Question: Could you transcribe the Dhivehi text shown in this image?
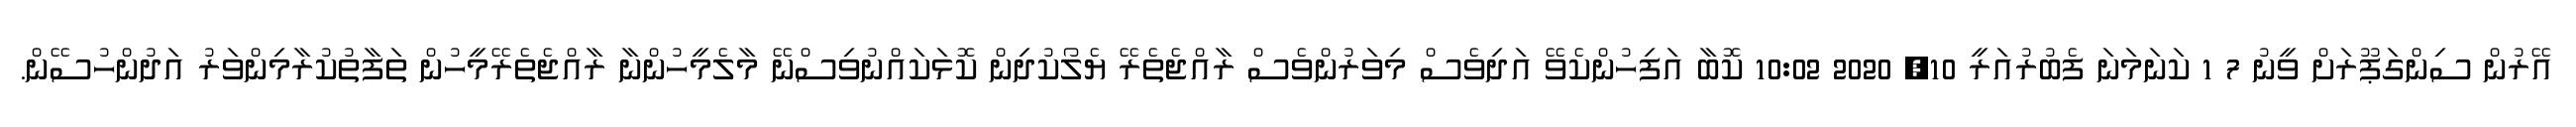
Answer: އޭރުން ސިންގަޕޫރަށް ވީނު 7 1 ކަނަމަނަ ފެބުރުއަރީ 10, 2020 10:02 ކޮބާ އަފިހުންކެވޭ އަދިވެސް މިވަރުންވެސް ރާއްޖެތެރޭ ޔެލޯކުދިން ކޮޅަކައްނުވިސްނޭ މާލެމީހުންނާ ރާއްޖެތެރޭމީހުން ތަފާތުކުރާމިންވަރު އަދުންހުސޭން.